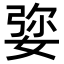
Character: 𡝠